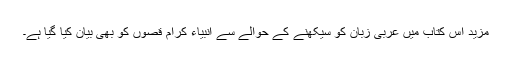
مزید اس کتاب میں عربی زبان کو سیکھنے کے حوالے سے انبیاء کرام قصوں کو بھی بیان کیا گیا ہے۔